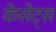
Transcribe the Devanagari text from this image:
केसेट्स